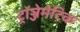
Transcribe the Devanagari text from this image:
ट्रॉञ्जेमेटिक